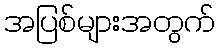
အပြစ်များအတွက်